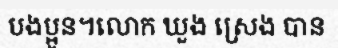
បងប្អូន។លោក ឃួង ស្រេង បាន